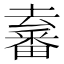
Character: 𤳛